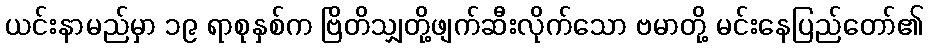
ယင်းနာမည်မှာ ၁၉ ရာစုနှစ်က ဗြိတိသျှတို့ဖျက်ဆီးလိုက်သော ဗမာတို့ မင်းနေပြည်တော်၏